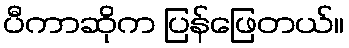
ပီကာဆိုက ပြန်ဖြေတယ်။